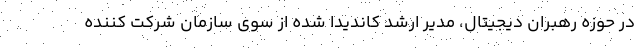
در حوزه رهبران دیجیتال، مدیر ارشد کاندیدا شده از سوی سازمان شرکت کننده